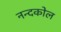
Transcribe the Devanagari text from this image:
नन्दकोल